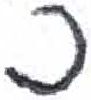
אות: כ